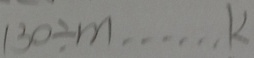
1 3 0 \div m \cdots k